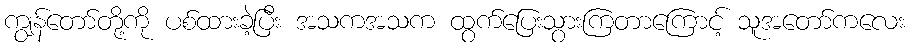
ကျွန်တော်တို့ကို ပစ်ထားခဲ့ပြီး အသကအသက ထွက်ပြေးသွားကြတာကြောင့် သူအတော်ကလေး